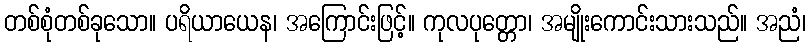
တစ်စုံတစ်ခုသော။ ပရိယာယေန၊ အကြောင်းဖြင့်။ ကုလပုတ္တော၊ အမျိုးကောင်းသားသည်။ အညံ၊